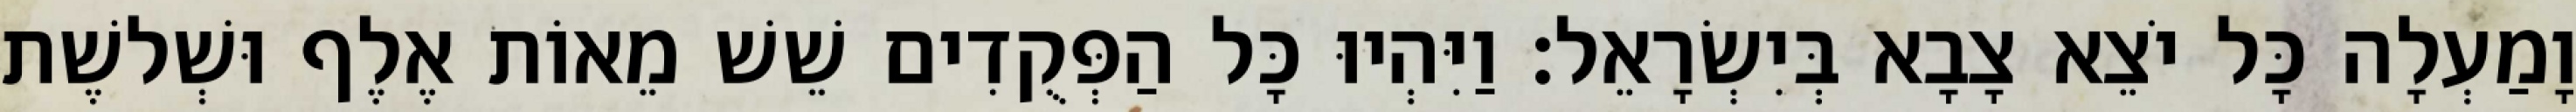
וָמַעְלָה כָּל יֹצֵא צָבָא בְּיִשְׂרָאֵל׃ וַיִּהְיוּ כָּל הַפְּקֻדִים שֵׁשׁ מֵאוֹת אֶלֶף וּשְׁלשֶׁת